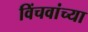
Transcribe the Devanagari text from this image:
विंचवांच्या